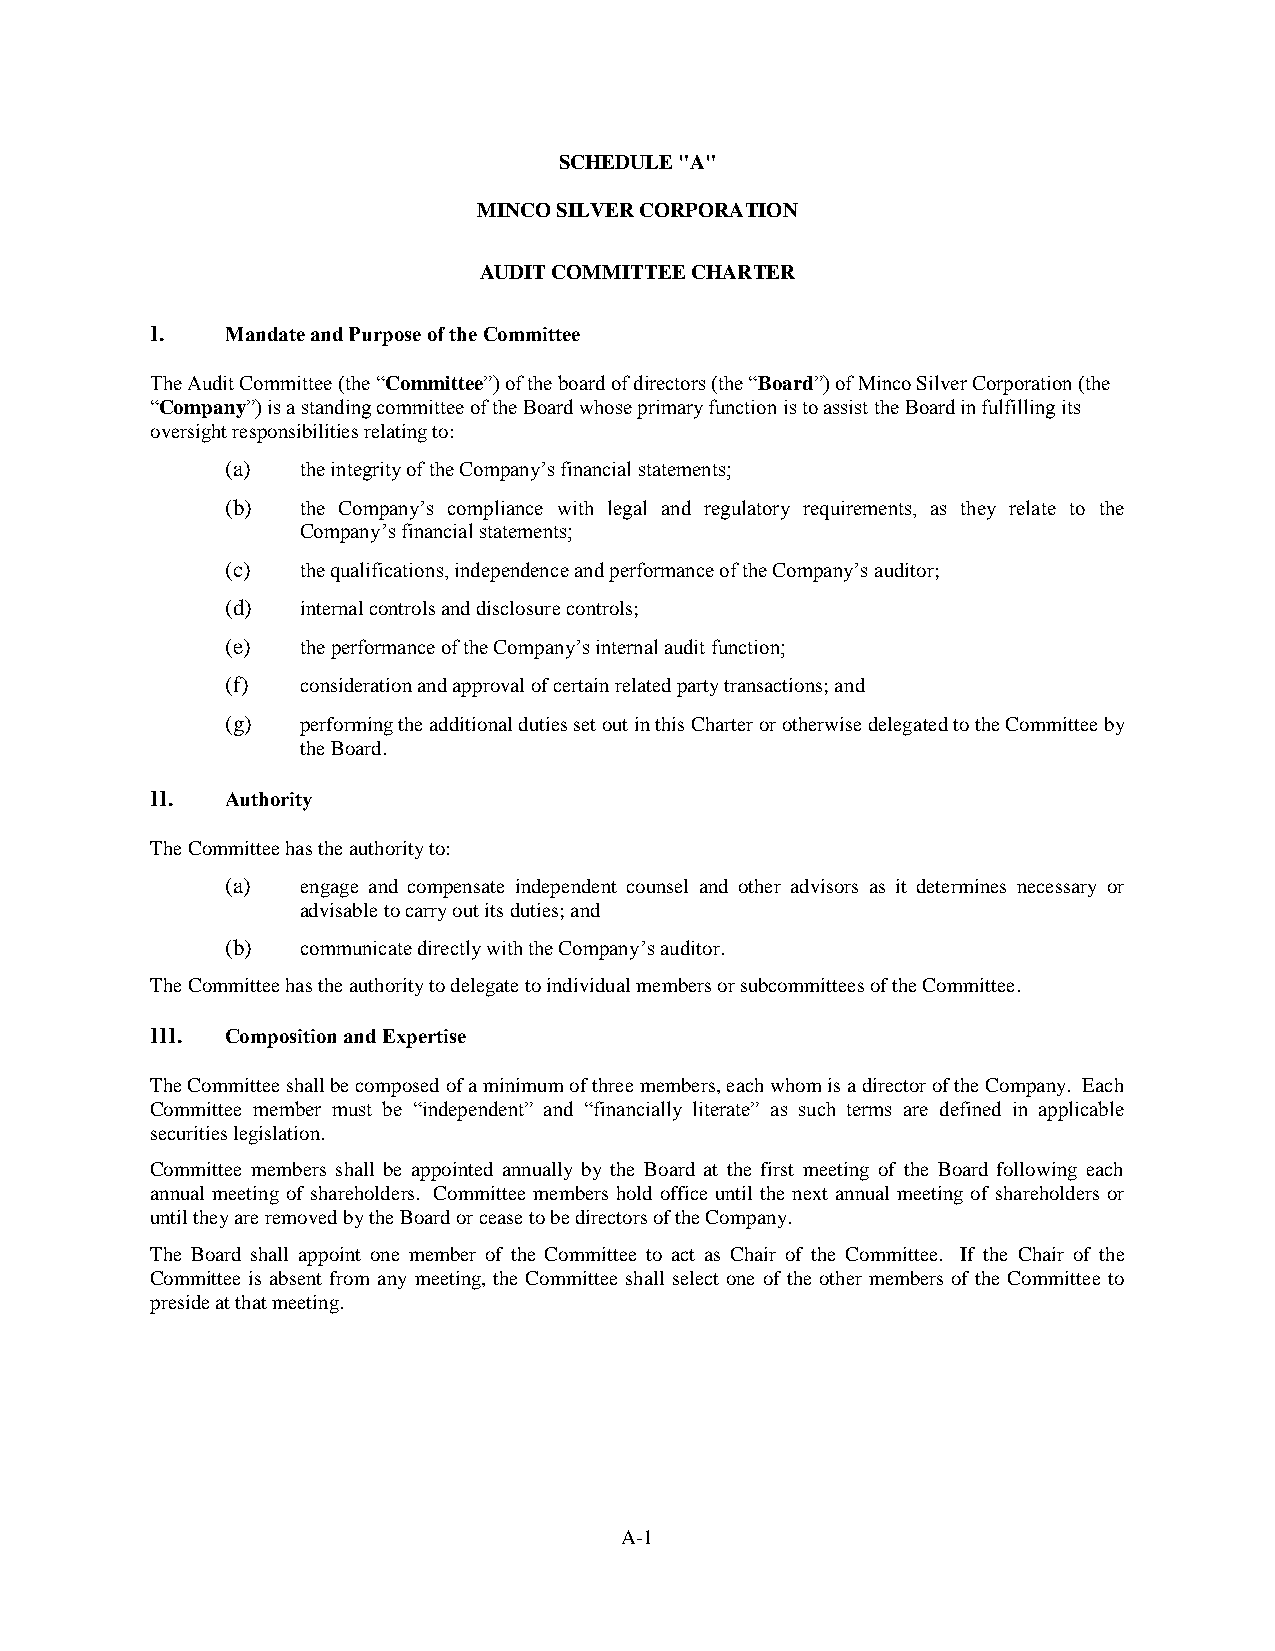
SCHEDULE "A"
 MINCO SILVER CORPORATION
 AUDIT COMMITTEE CHARTER
 I.   Mandate and Purpose of the Committee
 The Audit Committee (the “Committee”) of the board of directors (the “Board”) of Minco Silver Corporation (the
 “Company”) is a standing committee of the Board whose primary function is to assist the Board in fulfilling its
 oversight responsibilities relating to:
 (a)  the integrity of the Company’s financial statements;
 (b)  the Company’s compliance with legal and regulatory requirements, as they relate to the
 Company’s financial statements;
 (c)  the qualifications, independence and performance of the Company’s auditor;
 (d)  internal controls and disclosure controls;
 (e)  the performance of the Company’s internal audit function;
 (f)  consideration and approval of certain related party transactions; and
 (g)  performing the additional duties set out in this Charter or otherwise delegated to the Committee by
 the Board.
 II.  Authority
 The Committee has the authority to:
 (a)  engage and compensate independent counsel and other advisors as it determines necessary or
 advisable to carry out its duties; and
 (b)  communicate directly with the Company’s auditor.
 The Committee has the authority to delegate to individual members or subcommittees of the Committee.
 III. Composition and Expertise
 The Committee shall be composed of a minimum of three members, each whom is a director of the Company. Each
 Committee member must be “independent” and “financially literate” as such terms are defined in applicable
 securities legislation.
 Committee members shall be appointed annually by the Board at the first meeting of the Board following each
 annual meeting of shareholders. Committee members hold office until the next annual meeting of shareholders or
 until they are removed by the Board or cease to be directors of the Company.
 The Board shall appoint one member of the Committee to act as Chair of the Committee. If the Chair of the
 Committee is absent from any meeting, the Committee shall select one of the other members of the Committee to
 preside at that meeting.
 A-1